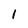
Character: 1